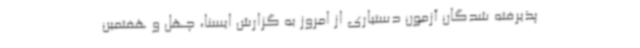
پذیرفته شدگان آزمون دستیاری از امروز به گزارش ایسنا، چهل و هفتمین